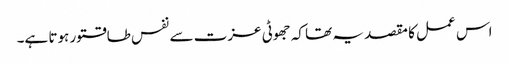
اس عمل کا مقصد یہ تھا کہ جھوٹی عزت سے نفس طاقتور ہوتا ہے۔